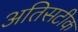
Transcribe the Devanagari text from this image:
अतिसटीक